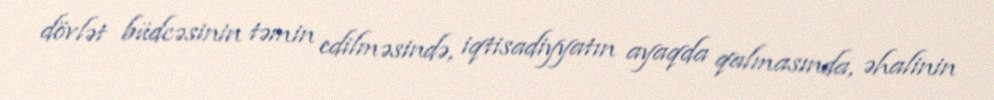
dövlət büdcəsinin təmin edilməsində, iqtisadiyyatın ayaqda qalmasında, əhalinin